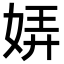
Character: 㛞